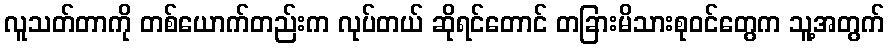
လူသတ်တာကို တစ်ယောက်တည်းက လုပ်တယ် ဆိုရင်တောင် တခြားမိသားစုဝင်တွေက သူ့အတွက်